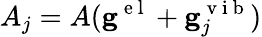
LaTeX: A_{j}=A(\mathbf{g}^{\mathrm{~e~l~}}+\mathbf{g}_{j}^{\mathrm{~v~i~b~}})